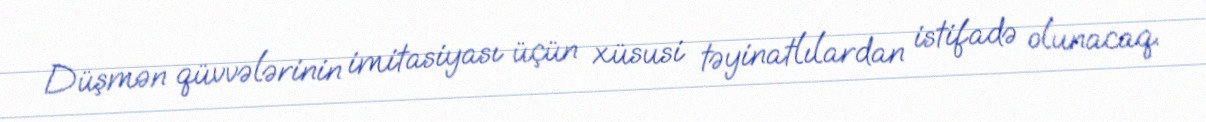
Düşmən qüvvələrinin imitasiyası üçün xüsusi təyinatlılardan istifadə olunacaq.